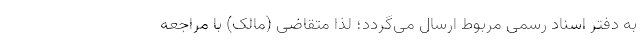
به دفتر اسناد رسمی مربوط ارسال می‌گردد؛ لذا متقاضی (مالک) با مراجعه